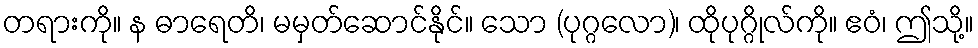
တရားကို။ န ဓာရေတိ၊ မမှတ်ဆောင်နိုင်။ သော (ပုဂ္ဂလော)၊ ထိုပုဂ္ဂိုလ်ကို။ ဧဝံ၊ ဤသို့။